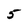
Character: 5